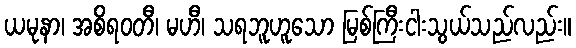
ယမုနာ၊ အစိရဝတီ၊ မဟီ၊ သရဘူဟူသော မြစ်ကြီးငါးသွယ်သည်လည်း။